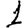
Digit: 1